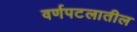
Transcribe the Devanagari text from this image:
वर्णपटलातील